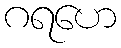
ဂရဟေ